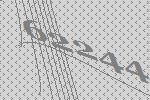
62244